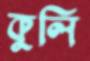
কুলি